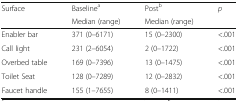
<table><thead><tr><td rowspan="2"><b>Surface</b></td><td><b>Baseline<sup>a</sup></b></td><td><b>Post<sup>b</sup></b></td><td rowspan="2"><b><i>p</i></b></td></tr><tr><td><b>Median (range)</b></td><td><b>Median (range)</b></td></tr></thead><tbody><tr><td>Enabler bar</td><td>371 (0–6171)</td><td>15 (0–2300)</td><td>&lt;.001</td></tr><tr><td>Call light</td><td>231 (2–6054)</td><td>2 (0–1722)</td><td>&lt;.001</td></tr><tr><td>Overbed table</td><td>169 (0–7396)</td><td>13 (0–1475)</td><td>&lt;.001</td></tr><tr><td>Toilet Seat</td><td>128 (0–7289)</td><td>12 (0–2832)</td><td>&lt;.001</td></tr><tr><td>Faucet handle</td><td>155 (1–7655)</td><td>8 (0–1411)</td><td>&lt;.001</td></tr></tbody></table>